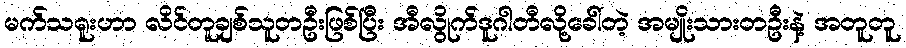
မက်သရူးဟာ လိင်တူချစ်သူတဦးဖြစ်ပြီး အီလွိုက်ဒူဂါတီလို့ခေါ်တဲ့ အမျိုးသားတဦးနဲ့ အတူတူ